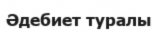
Әдебиет туралы